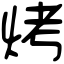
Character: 烤